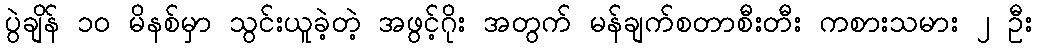
ပွဲချိန် ၁၀ မိနစ်မှာ သွင်းယူခဲ့တဲ့ အဖွင့်ဂိုး အတွက် မန်ချက်စတာစီးတီး ကစားသမား ၂ ဦး